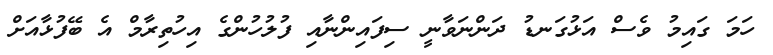
ހަމަ ގައިމު ވެސް އަޅުގަނޑު ދަންނަވާނީ ސިފައިންނާއި ފުލުހުންގެ އިހުތިރާމް އެ ބޭފުޅާއަށް